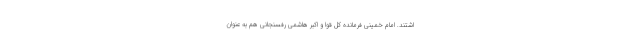
اشتند. امام خمینی فرمانده کل قوا و اکبر هاشمی رفسنجانی هم به عنوان